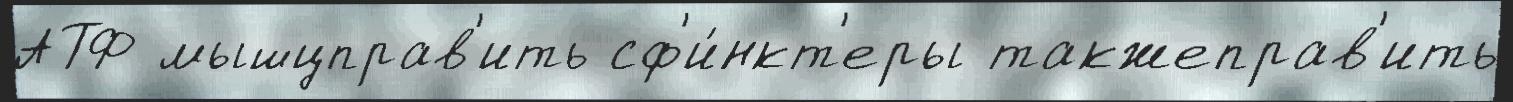
АТФ мышцправ'ить сф'и́нкт'еры такжеправ'ить